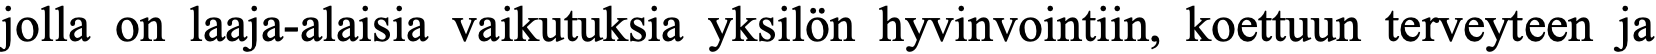
jolla on laaja-alaisia vaikutuksia yksilön hyvinvointiin, koettuun terveyteen ja